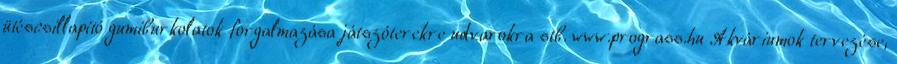
ütéscsillapító gumiburkolatok forgalmazása játszóterekre udvarokra stb. www.prograss.hu Akváriumok tervezése,